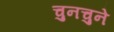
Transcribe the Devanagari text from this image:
चुनचुने